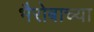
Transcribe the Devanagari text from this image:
भैरोबाच्या